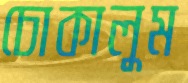
চোকালুম